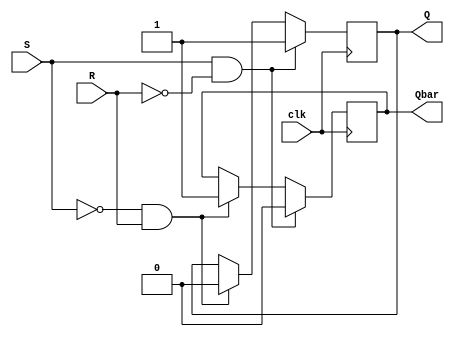
module edge_triggered_sr_ff(input wire S, R, clk,
                              output reg Q, Qbar);

  always @(posedge clk)
  begin
    if (S && !R)         // Set condition
      begin
        Q <= 1'b1;
        Qbar <= 1'b0;
      end
    else if (!S && R)    // Reset condition
      begin
        Q <= 1'b0;
        Qbar <= 1'b1;
      end
    else if (S && R)     // Invalid condition (S and R should not be high at the same time in SR flip-flop)
      begin
        $display("Invalid condition: S and R should not be high at the same time");
      end
  end

endmodule